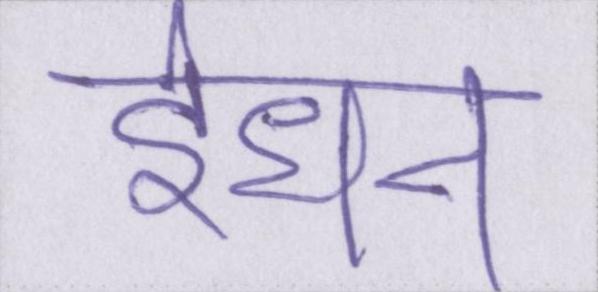
ईंधन